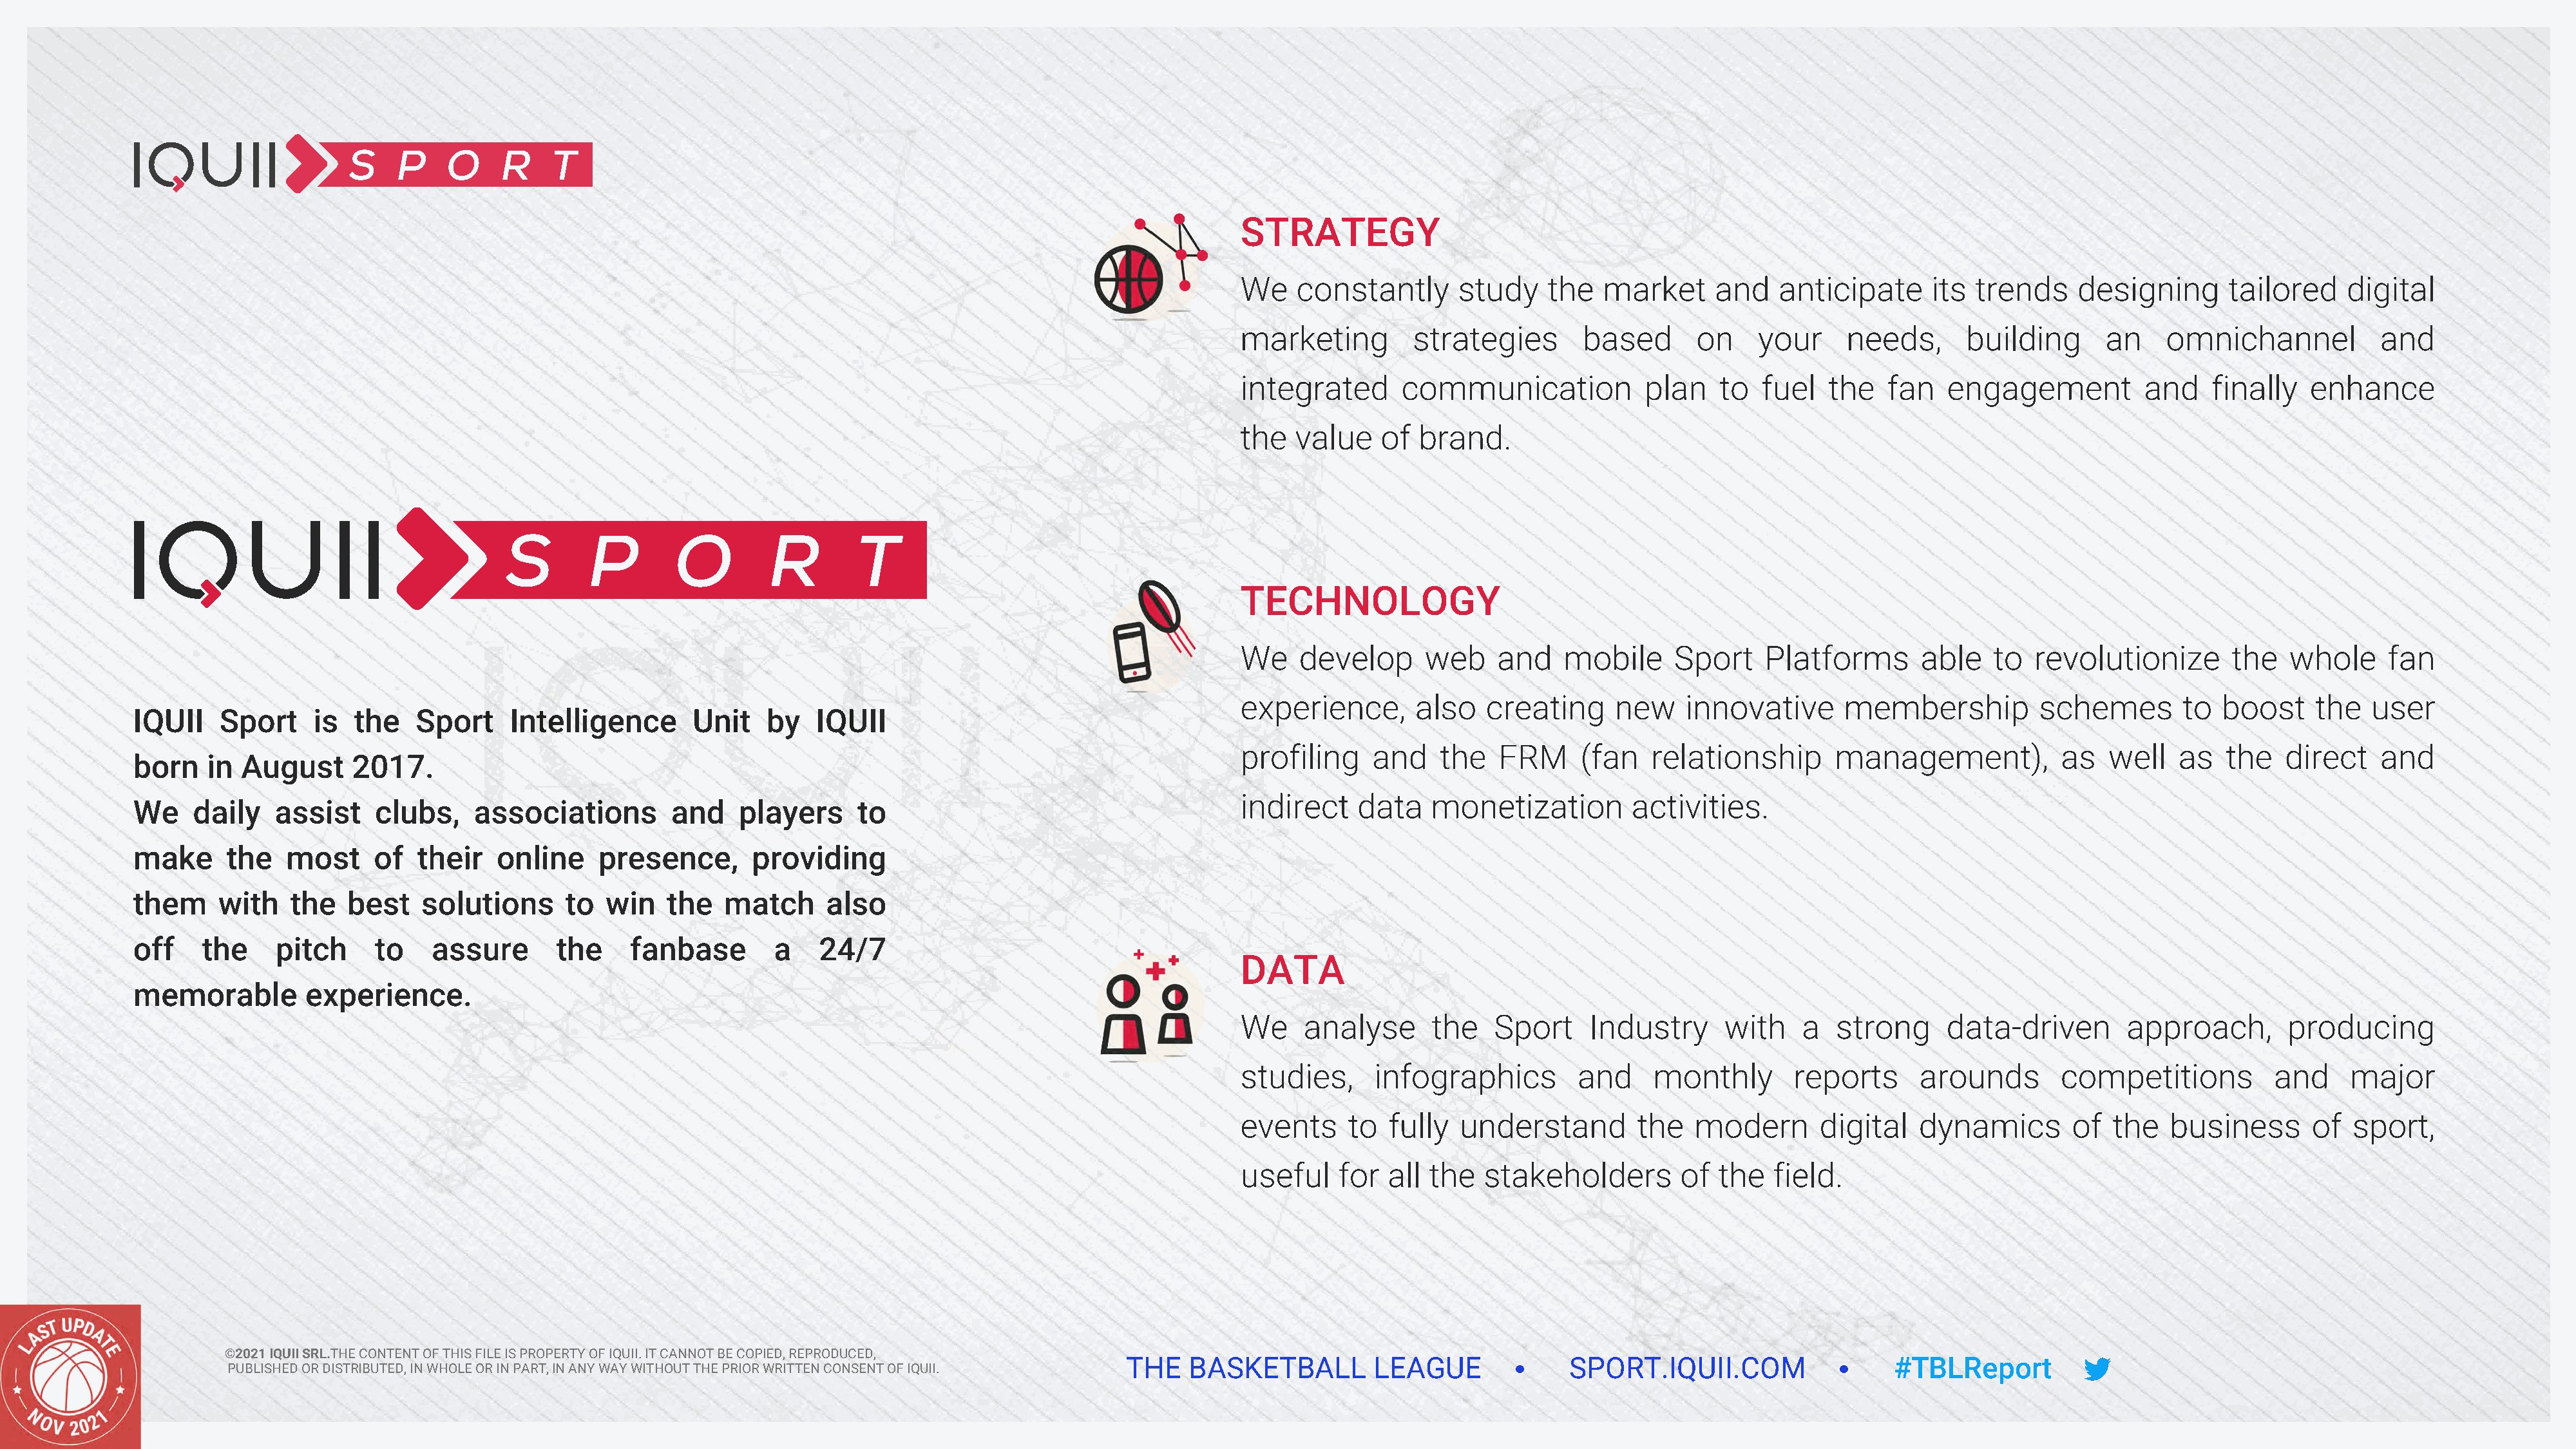
STRATEGY
 We    constantly       study    the   market     and    anticipate     its  trends    designing       tailored    digital
 marketing         strategies        based      on     your     needs,      building      an     omnichannel           and
 integrated       communication            plan    to  fuel   the   fan   engagement          and    finally   enhance
 the   value    of  brand.
 TECHNOLOGY
 We    develop      web     and    mobile     Sport    Platforms       able    to  revolutionize       the   whole     fan
 experience,       also    creating     new    innovative      membership           schemes       to  boost     the   user
 IQUII    Sport    is  the    Sport    Intelligence       Unit    by   IQUII
 profiling     and    the   FRM     (fan    relationship       management),           as   well   as   the   direct    and
 born   in  August     2017.
 indirect    data    monetization         activities.
 We    daily   assist     clubs,    associations        and    players     to
 make     the   most     of   their   online    presence,       providing
 them    with    the   best   solutions      to  win    the  match      also
 off    the    pitch      to   assure       the     fanbase        a   24/7
 DATA
 memorable        experience.
 We     analyse      the    Sport    Industry      with    a   strong     data­driven        approach,       producing
 studies,      infographics         and     monthly       reports      arounds        competitions          and    major
 events      to  fully  understand        the   modern       digital   dynamics        of  the   business       of  sport,
 useful     for  all the  stakeholders         of  the  field.
 ©2021 IQUII SRL.THE CONTENT OF THIS FILE IS PROPERTY OF IQUII. IT CANNOT BE COPIED, REPRODUCED,
 THE   BASKETBALL         LEAGUE              SPORT.IQUII.COM                   #TBLReport
 PUBLISHED OR DISTRIBUTED, IN WHOLE OR IN PART, IN ANY WAY WITHOUT THE PRIOR WRITTEN CONSENT OF IQUII.